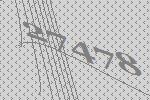
27478